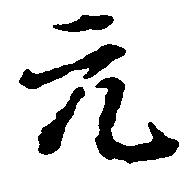
元